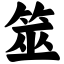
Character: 筮